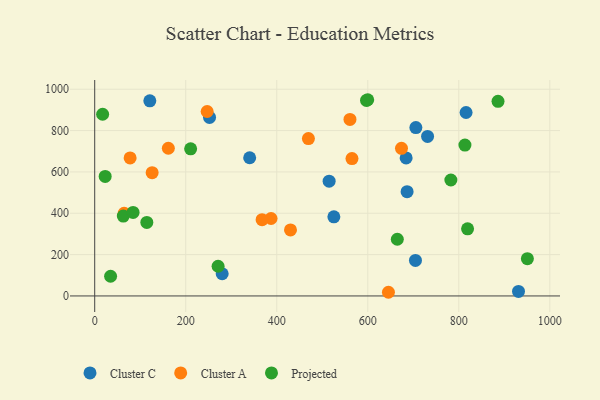
{"axis": {"x": "Investment", "y": "Sales"}, "legend": ["Cluster A", "Cluster C", "Projected"], "data": [{"x": "280.1", "y": 107.5, "type": "Cluster C"}, {"x": "340.5", "y": 668.6, "type": "Cluster C"}, {"x": "731.4", "y": 771.7, "type": "Cluster C"}, {"x": "515.1", "y": 555.0, "type": "Cluster C"}, {"x": "525.5", "y": 382.7, "type": "Cluster C"}, {"x": "816.0", "y": 887.5, "type": "Cluster C"}, {"x": "252.3", "y": 863.7, "type": "Cluster C"}, {"x": "686.4", "y": 504.6, "type": "Cluster C"}, {"x": "704.8", "y": 171.8, "type": "Cluster C"}, {"x": "705.7", "y": 814.4, "type": "Cluster C"}, {"x": "121.1", "y": 943.8, "type": "Cluster C"}, {"x": "684.3", "y": 667.9, "type": "Cluster C"}, {"x": "931.2", "y": 22.0, "type": "Cluster C"}, {"x": "387.5", "y": 374.7, "type": "Cluster A"}, {"x": "645.4", "y": 17.8, "type": "Cluster A"}, {"x": "674.1", "y": 714.1, "type": "Cluster A"}, {"x": "64.7", "y": 399.8, "type": "Cluster A"}, {"x": "77.8", "y": 667.7, "type": "Cluster A"}, {"x": "469.6", "y": 761.5, "type": "Cluster A"}, {"x": "560.9", "y": 854.1, "type": "Cluster A"}, {"x": "367.8", "y": 368.9, "type": "Cluster A"}, {"x": "126.2", "y": 596.5, "type": "Cluster A"}, {"x": "161.8", "y": 714.4, "type": "Cluster A"}, {"x": "430.2", "y": 319.6, "type": "Cluster A"}, {"x": "247.1", "y": 892.2, "type": "Cluster A"}, {"x": "565.3", "y": 664.5, "type": "Cluster A"}, {"x": "23.0", "y": 578.3, "type": "Projected"}, {"x": "62.9", "y": 386.6, "type": "Projected"}, {"x": "17.4", "y": 878.9, "type": "Projected"}, {"x": "84.3", "y": 404.1, "type": "Projected"}, {"x": "597.2", "y": 945.6, "type": "Projected"}, {"x": "599.9", "y": 949.2, "type": "Projected"}, {"x": "819.3", "y": 324.7, "type": "Projected"}, {"x": "886.2", "y": 941.5, "type": "Projected"}, {"x": "271.1", "y": 143.6, "type": "Projected"}, {"x": "950.7", "y": 180.3, "type": "Projected"}, {"x": "210.8", "y": 711.9, "type": "Projected"}, {"x": "664.9", "y": 274.2, "type": "Projected"}, {"x": "813.5", "y": 729.7, "type": "Projected"}, {"x": "114.5", "y": 355.7, "type": "Projected"}, {"x": "34.9", "y": 95.4, "type": "Projected"}, {"x": "782.6", "y": 560.8, "type": "Projected"}]}